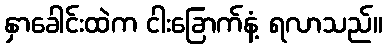
နှာခေါင်းထဲက ငါးခြောက်နံ့ ရလာသည်။